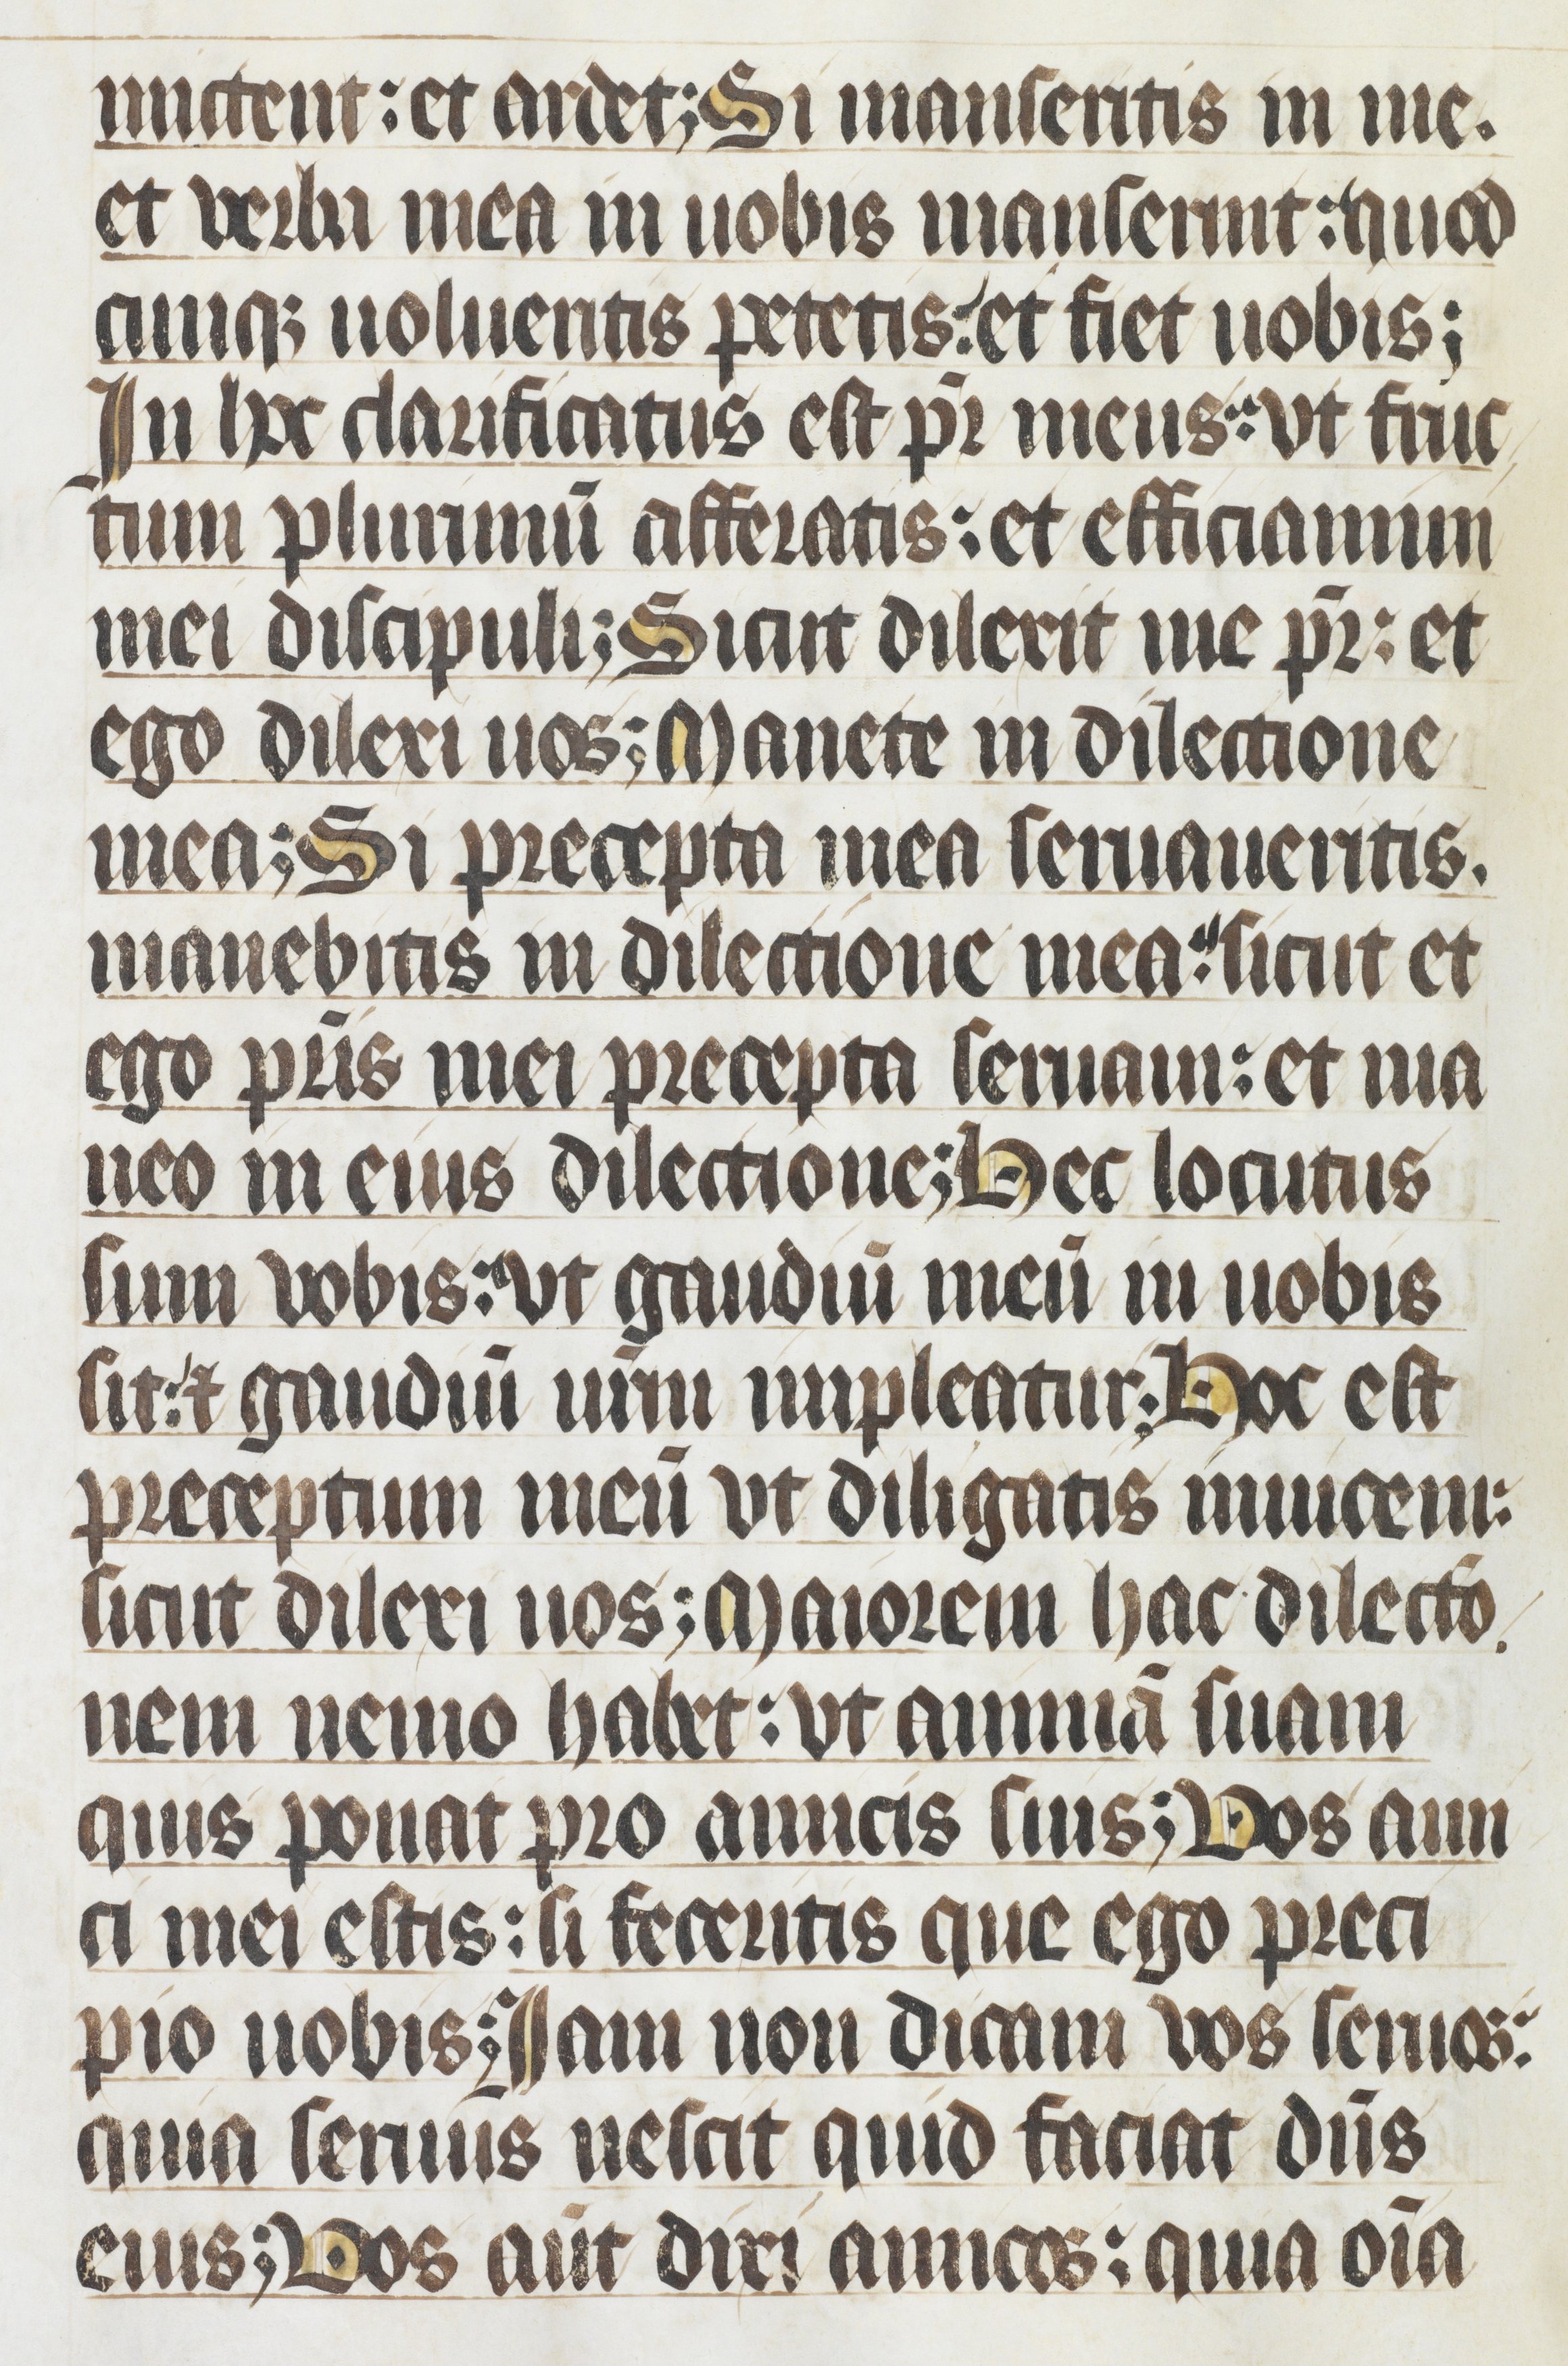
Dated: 1400–1499